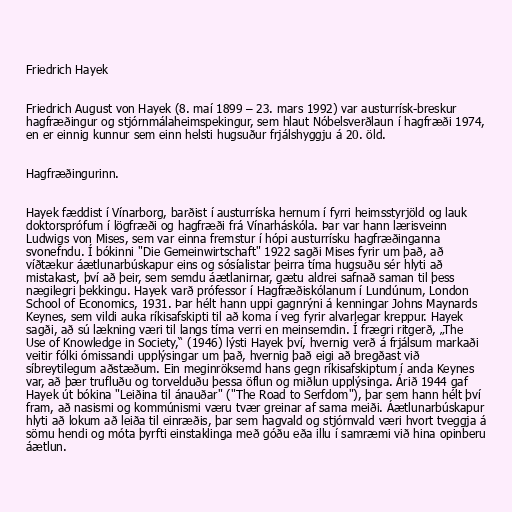
Friedrich Hayek

Friedrich August von Hayek (8. maí 1899 – 23. mars 1992) var austurrísk-breskur
hagfræðingur og stjórnmálaheimspekingur, sem hlaut Nóbelsverðlaun í hagfræði 1974,
en er einnig kunnur sem einn helsti hugsuður frjálshyggju á 20. öld.

Hagfræðingurinn.

Hayek fæddist í Vínarborg, barðist í austurríska hernum í fyrri heimsstyrjöld og lauk
doktorsprófum í lögfræði og hagfræði frá Vínarháskóla. Þar var hann lærisveinn
Ludwigs von Mises, sem var einna fremstur í hópi austurrísku hagfræðinganna
svonefndu. Í bókinni "Die Gemeinwirtschaft" 1922 sagði Mises fyrir um það, að
víðtækur áætlunarbúskapur eins og sósíalistar þeirra tíma hugsuðu sér hlyti að
mistakast, því að þeir, sem semdu áætlanirnar, gætu aldrei safnað saman til þess
nægilegri þekkingu. Hayek varð prófessor í Hagfræðiskólanum í Lundúnum, London
School of Economics, 1931. Þar hélt hann uppi gagnrýni á kenningar Johns Maynards
Keynes, sem vildi auka ríkisafskipti til að koma í veg fyrir alvarlegar kreppur. Hayek
sagði, að sú lækning væri til langs tíma verri en meinsemdin. Í frægri ritgerð, „The
Use of Knowledge in Society,“ (1946) lýsti Hayek því, hvernig verð á frjálsum markaði
veitir fólki ómissandi upplýsingar um það, hvernig það eigi að bregðast við
síbreytilegum aðstæðum. Ein meginröksemd hans gegn ríkisafskiptum í anda Keynes
var, að þær trufluðu og torvelduðu þessa öflun og miðlun upplýsinga. Árið 1944 gaf
Hayek út bókina "Leiðina til ánauðar" ("The Road to Serfdom"), þar sem hann hélt því
fram, að nasismi og kommúnismi væru tvær greinar af sama meiði. Áætlunarbúskapur
hlyti að lokum að leiða til einræðis, þar sem hagvald og stjórnvald væri hvort tveggja á
sömu hendi og móta þyrfti einstaklinga með góðu eða illu í samræmi við hina opinberu
áætlun.